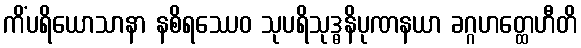
ကိံပရိယောသာနာ နစိရဿေဝ သုပရိသုဒ္ဓနိပုဏနယာ ခဂ္ဂဟတ္ထေဟီတိ